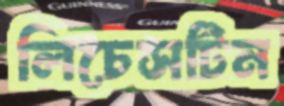
লিচেসটিন